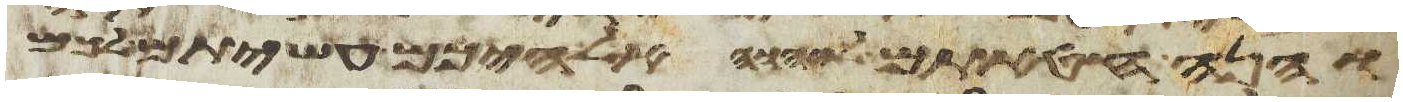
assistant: והנה חטאתם ליהוה אלהיכם עשיתם לכם